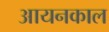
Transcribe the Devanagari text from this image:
आयनकाल